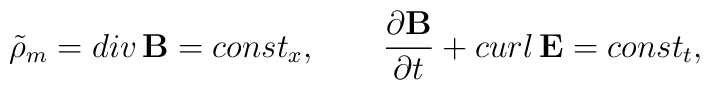
\tilde \rho_m = div \, {\bf B} = const_x ,\qquad{\partial {\bf B} \over \partial t} +curl\, {\bf E} = const_t ,